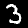
Digit: 3